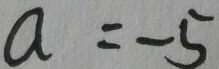
a = - 5